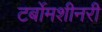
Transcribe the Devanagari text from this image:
टर्बोमशीनरी